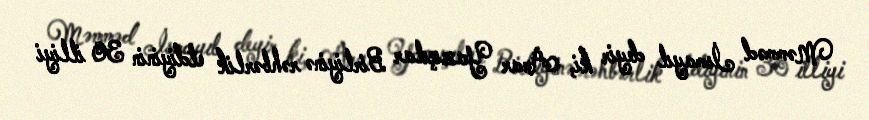
Məmməd İsmayıl deyir ki, Anar Yazıçılar Birliyinə rəhbərlik etdiyinin 30 illiyi